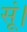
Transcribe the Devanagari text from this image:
सूं।